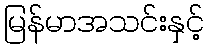
မြန်မာအသင်းနှင့်